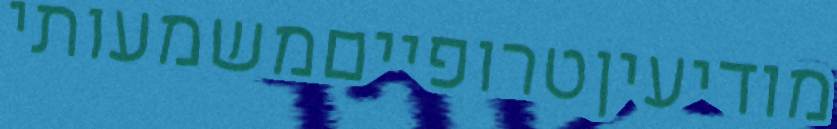
מודיעיןטרופייםמשמעותי